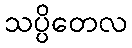
သပ္ပိတေလ